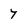
Character: 7